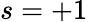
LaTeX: s=+1